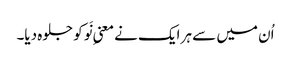
اُن میں سے ہر ایک نے معنیِ نَو کو جلوہ دیا۔